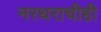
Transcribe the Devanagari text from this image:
नरथराचीही